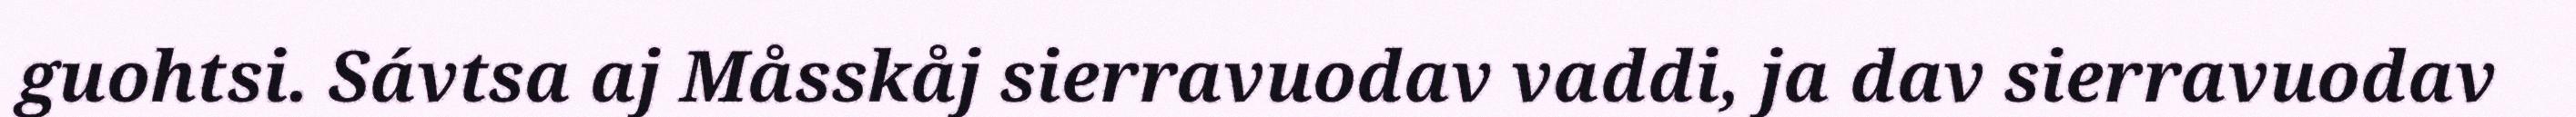
guohtsi. Sávtsa aj Måsskåj sierravuodav vaddi, ja dav sierravuodav